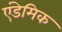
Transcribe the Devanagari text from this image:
एंडेमिक